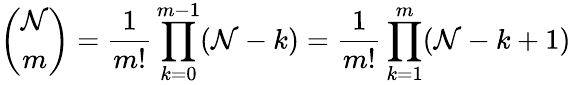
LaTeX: {\binom{\mathcal{N}}{m}}={\frac{{1}}{{m!}}}\prod_{k=0}^{m-1}(\mathcal{N}-k)={\frac{{1}}{{m!}}}\prod_{k=1}^{m}(\mathcal{N}-k+1)